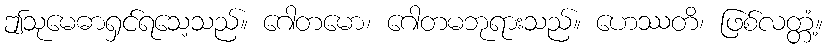
ဤသုမေဓာရှင်ရသေ့သည်။ ဂေါတမော၊ ဂေါတမဘုရားသည်။ ဟေဿတိ၊ ဖြစ်လတ္တံ့။